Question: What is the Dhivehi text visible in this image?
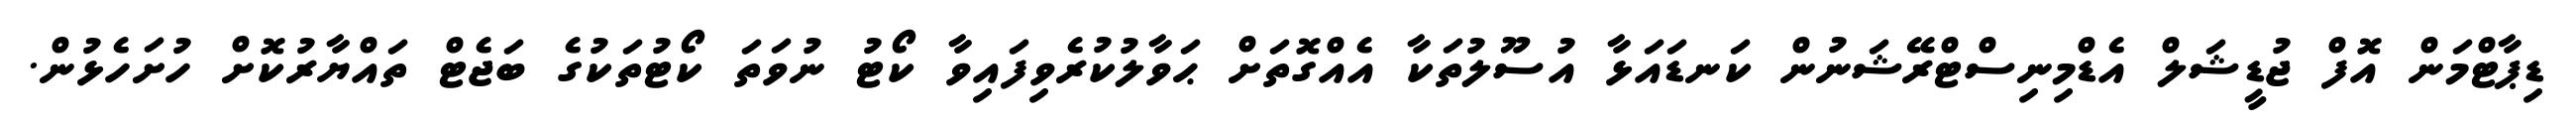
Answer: ޑިޕާޓްމަން އޮފް ޖުޑީޝަލް އެޑްމިނިސްޓްރޭޝަނުން ކަނޑައަޅާ އުސޫލުތަކާ އެއްގޮތަށް ޙަވާލުކުރެވިފައިވާ ކޯޓު ނުވަތަ ކޯޓުތަކުގެ ބަޖެޓް ތައްޔާރުކޮށް ހުށަހެޅުން.